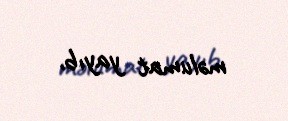
məlumat yayıb.